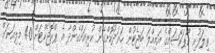
ތިލަފުށި ކޯޕަރޭޝަންގެ އަމިއްލަ ބަޖެޓުން ހަރަދުކޮށްގެން ކުރިއަށްގެންދާ އެ ޕްރޮޖެކްޓަށް 40 މިލިއަނަށް